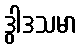
ဒွါဒသမာ